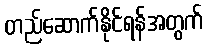
တည်ဆောက်နိုင်ရန်အတွက်